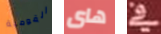
القومية هاى في